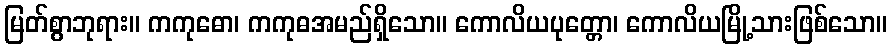
မြတ်စွာဘုရား။ ကကုဓော၊ ကကုဓအမည်ရှိသော။ ကောလိယပုတ္တော၊ ကောလိယမြို့သားဖြစ်သော။